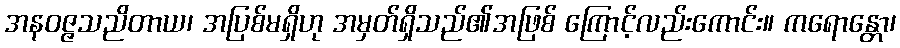
အနဝဇ္ဇသညိတာယ၊ အပြစ်မရှိဟု အမှတ်ရှိသည်၏အဖြစ် ကြောင့်လည်းကောင်း။ ကရောန္တော၊